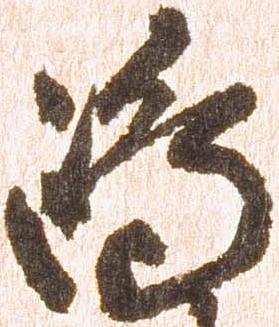
嶋